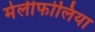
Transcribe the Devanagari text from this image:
मेलीफोलिया